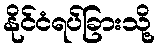
နိုင်ငံရပ်ခြားသို့